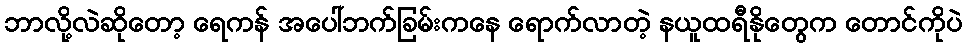
ဘာလို့လဲဆိုတော့ ရေကန် အပေါ်ဘက်ခြမ်းကနေ ရောက်လာတဲ့ နယူထရီနိုတွေက တောင်ကိုပဲ